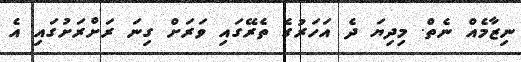
ނިޒާމެއް ނެތް. މިދިޔަ ދެ އަހަރުގެ ތެރޭގައި ވަރަށް ގިނަ ރަށްރަށުގައި އެ